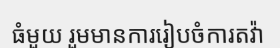
ធំមួយ រួមមានការរៀបចំការតវ៉ា